画像に写った文字を読んでください
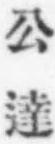
「公達」と書いてあります